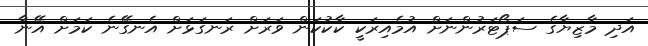
އަދި މާޒިޔާގެ ސަޕޯޓަރުންނަށް އުމެއިރަކީ ކާކުކަން ވަރަށް ރަނގަޅަށް އެނގޭނެ ކަމަށް އޭނާ